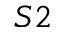
S 2